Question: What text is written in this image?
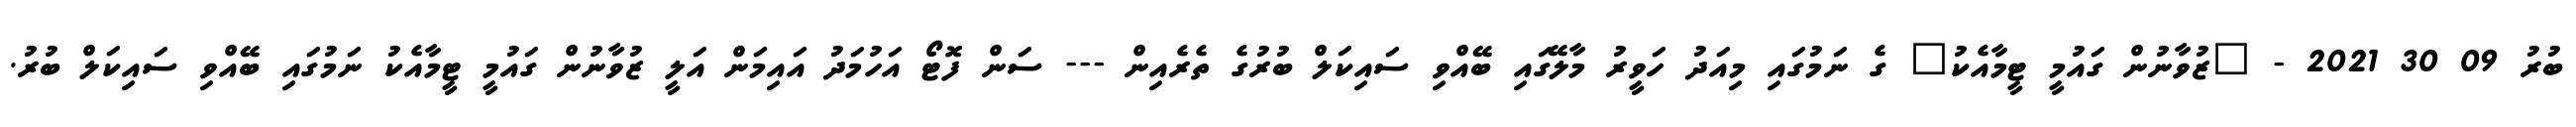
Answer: ބުރު 09 30 2021 - "ޒުވާނުން ގައުމީ ޓީމާއެކު" ގެ ނަމުގައި މިއަދު ހަވީރު މާލޭގައި ބޭއްވި ސައިކަލް ބުރުގެ ތެރެއިން --- ސަން ފޮޓޯ އަހުމަދު އައިމަން އަލީ ޒުވާނުން ގައުމީ ޓީމާއެކު ނަމުގައި ބޭއްވި ސައިކަލް ބުރު.